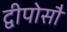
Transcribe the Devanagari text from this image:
द्वीपोसौ